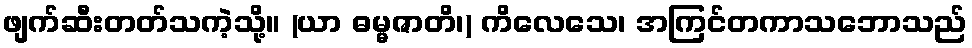
ဖျက်ဆီးတတ်သကဲ့သို့။ (ယာ ဓမ္မဇာတိ၊) ကိလေသေ၊ အကြင်တကာသဘောသည်